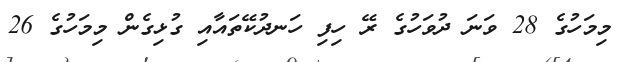
މިމަހުގެ 28 ވަނަ ދުވަހުގެ ރޭ ހިފި ހަނދުކޭތައާއި ގުޅިގެން މިމަހުގެ 26